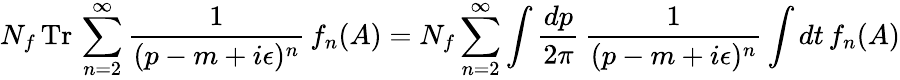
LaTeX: N_{f}\, \mathrm{Tr}\, \sum_{n=2}^{\infty}\frac{1}{(p-m+i\epsilon)^{n}}\, f_{n}(A)=N_{f}\sum_{n=2}^{\infty}\int\frac{dp}{2\pi}\, \frac{1}{(p-m+i\epsilon)^{n}}\int dt\, f_{n}(A)